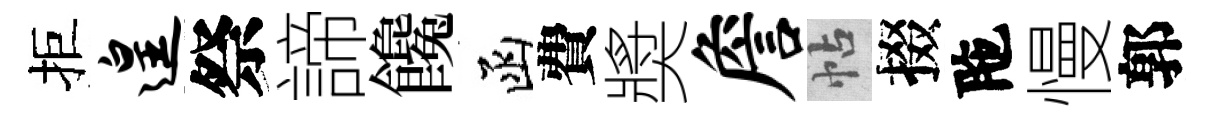
拒遑祭諦饞函費奬詹帖掇陁慢郭